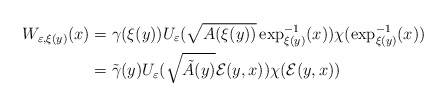
\begin{align*}W_{\varepsilon,\xi(y)}(x) & =\gamma(\xi(y))U_{\varepsilon}(\sqrt{A(\xi(y))}\exp_{\xi(y)}^{-1}(x))\chi(\exp_{\xi(y)}^{-1}(x))\\& =\tilde{\gamma}(y)U_{\varepsilon}(\sqrt{\tilde{A}(y)}\mathcal{E}(y,x))\chi(\mathcal{E}(y,x))\end{align*}